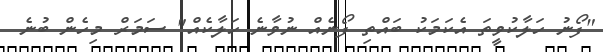
"ފޯނު ހަލާކުވީތަ އެކަމަކު ބައްތި ފޯނެއް ނުވާނެ ހަލާކެއް" ސަމަރް މިހެން ބުނެ